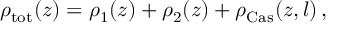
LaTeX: \rho _ { \mathrm { t o t } } ( z ) = \rho _ { 1 } ( z ) + \rho _ { 2 } ( z ) + \rho _ { \mathrm { C a s } } ( z , l ) \, ,